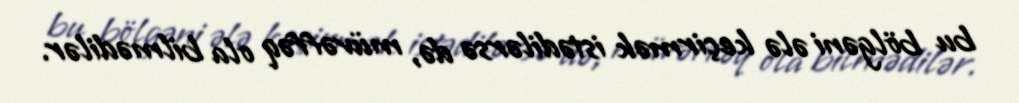
bu bölgəni ələ keçirmək istədilərsə də, müvəffəq ola bilmədilər.